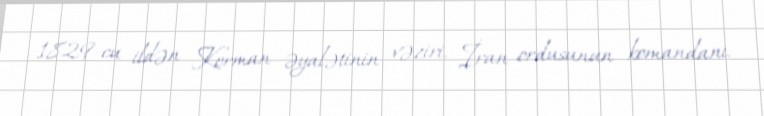
1829-cu ildən Kerman əyalətinin vəziri, İran ordusunun komandanı.